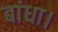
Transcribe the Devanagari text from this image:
बांधा।